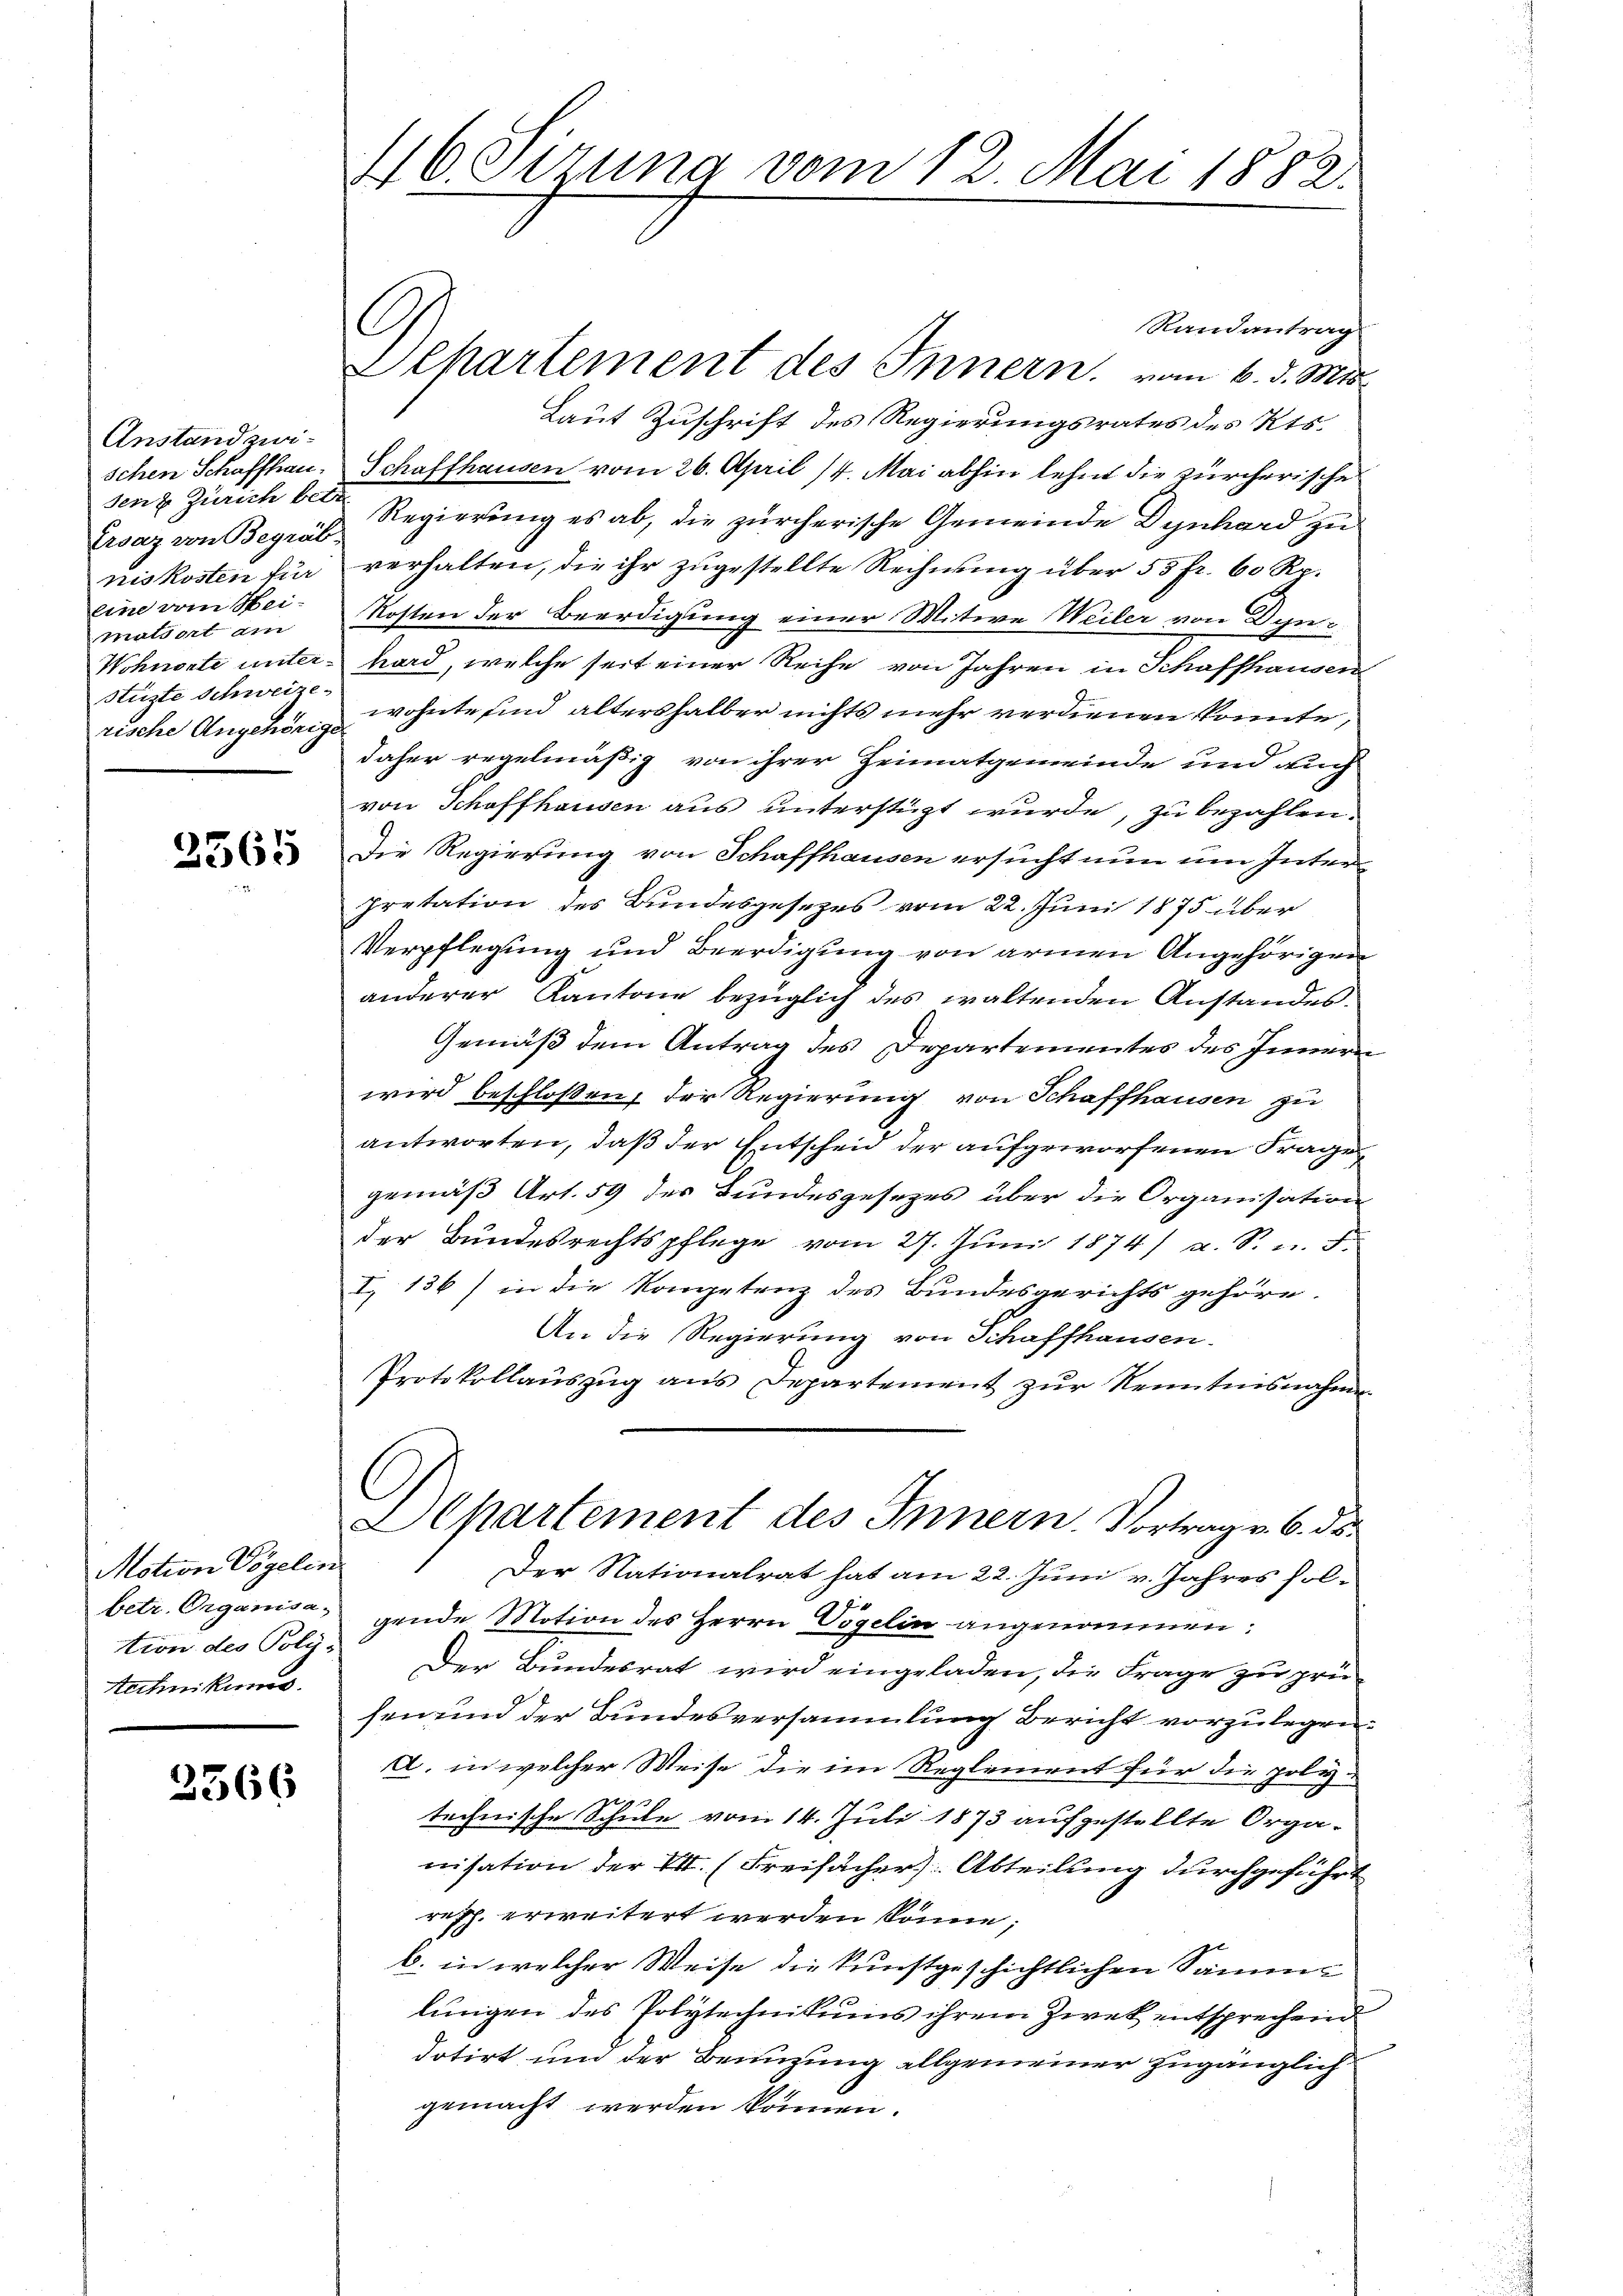
Anstand zwischen Schaffhau
sen & Zürich betr
Ersaz von Begräb
nis kosten für
eine vom Heimatsort am
Wohnorte unter-
stüzte Schweize
rische Angehörige

2565

Motion Vögelin
betr. Organisation des Poly-
technikums

2566

46 Sizung vom 12. Mai 1882.

C

Randantrag
Separtement des Innern, vom 6. d. Miss
Laut Zuschrift des Regierungsrates des Kts.
Schaffhausen vom 26. April 14. Mai abhin lehnt die zürcherische
Regierung es ab, die zürcherische Gemeinde Dynhard zu
verhalten, die ihr zugestellte Rechnung über 55 fr. 60 Rp.
Kosten der Beerdigung einer Mitwe Weiler von Dynhard, welche seit einer Reihe von Jahren in Schaffhausen
wohnte sind altershalber nichts mehr verdienen könnte,
daher regelmäßig von ihrer Heimatgemeinde und auch
von Schaffhausen aus unterstüzt wurde, zu bezahlen.
Die Regierung von Schaffhausen ersucht nun um Interpretation des Bundesgesetzes vom 22. Juni 1875 über
Verpflegung und Beerdigung von armen Angehörigen
anderer Kantone bezüglich des waltenden Anstandes
Gemäß dem Antrag des Departementes des Innern
wird beschloßen, der Regierung von Schaffhausen zu
antworten, daß der Entscheid der aufgeworfenen Frage
gemäß Art. 59 des Bundesgesezes über die Organisation
der Bundesrechtspflege vom 27. Jŭni 1874) u. S. n. F.
I 136) in die Kompetenz des Bundesgerichts gehöre.
An die Regierung von Schaffhausen.
Protokollaŭszŭg ans Departement zŭr Kenntnisnahmen
Elpartement des Innern. Vortrag v. 6. ds.
Der Nationalrat hat am 22. Juni v. Jahres solgende Motion des Herrn Vögelin angenommen:
Der Bundesrat wird eingeladen, die Frage zu prühen und der Bundesversammlung Bericht vorzulegen.
a. in welcher Weise die im Reglement für die poly-
g
technische Schule vom 14. Juli 1873 aufgestellte Organisation der I. (Freihächer Abteilung durchgeführt
reph. erweitert werden könne;
b. in welcher Weise die kunstgeschichtlichen Sammlungen des Polytechnikums ihrem Zwek entsprechend
dotirt und der Benuzung allgemeiner zugänglich
gemacht werden können.